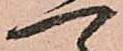
一